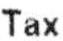
TAX